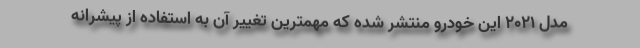
مدل 2021 این خودرو منتشر شده که مهمترین تغییر آن به استفاده از پیشرانه